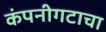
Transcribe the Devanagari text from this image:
कंपनीगटाचा